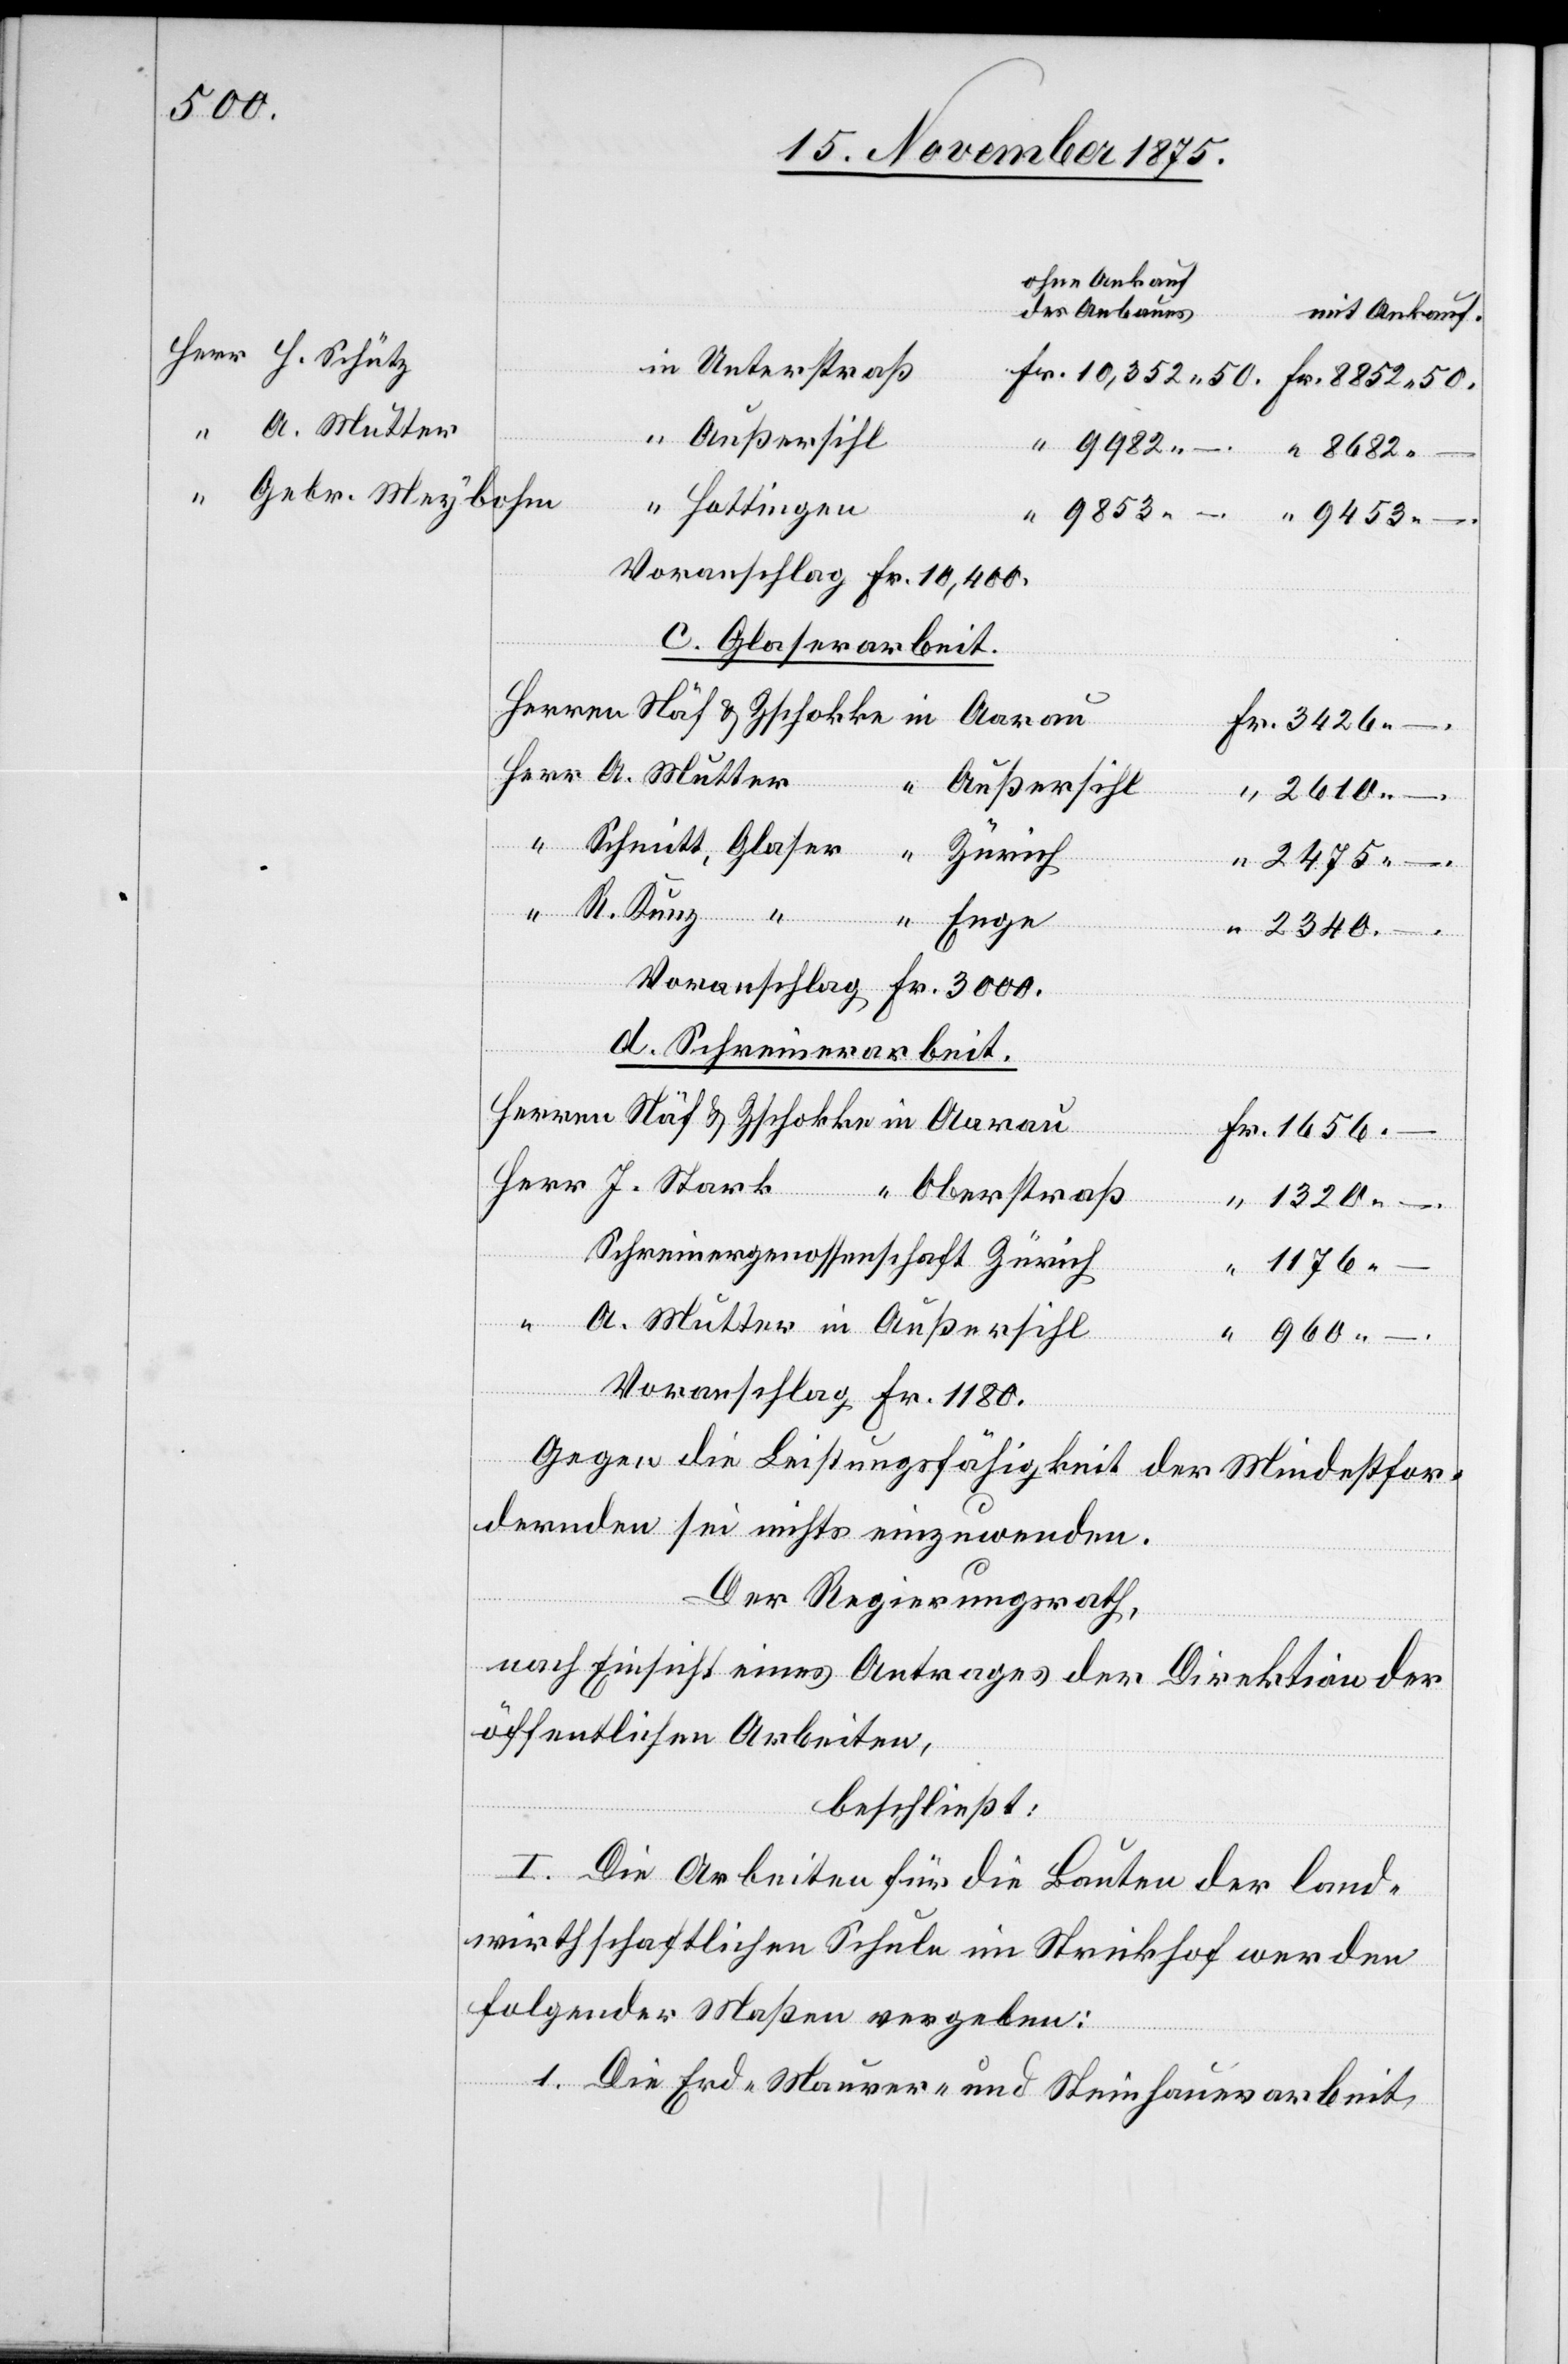
in

50.
ohne Ankauf
des Anbaues.
mit Ankauf.
Außersihl
Gebr. Meybohm
Hottingen
Voranschlag Fr. 10,400.
c. Glaserarbeit
A.
2610
–.
2475
3426 –.
Herren
Voranschlag Fr. 3000.
d. Schreinerarbeit.
Oberstraß
Schreinereigenossenschaft Zürich
1176
Herr
Voranschlag Fr. 1180.
“
Gegen die Leistungsfähigkeit der Mindestfor¬
dernden sei nichts einzuwenden.
Der Regierungsrath,
nach Einsicht eines Antrages der Direktion der
öffentlichen Arbeiten,
beschließt:
I. Die Arbeiten für die Bauten der land¬
wirthschaftlichen Schule im Strickhof werden
folgender Maßen vergeben:
1. Die Erd-[,] Maurer und Steinhauerarbeit